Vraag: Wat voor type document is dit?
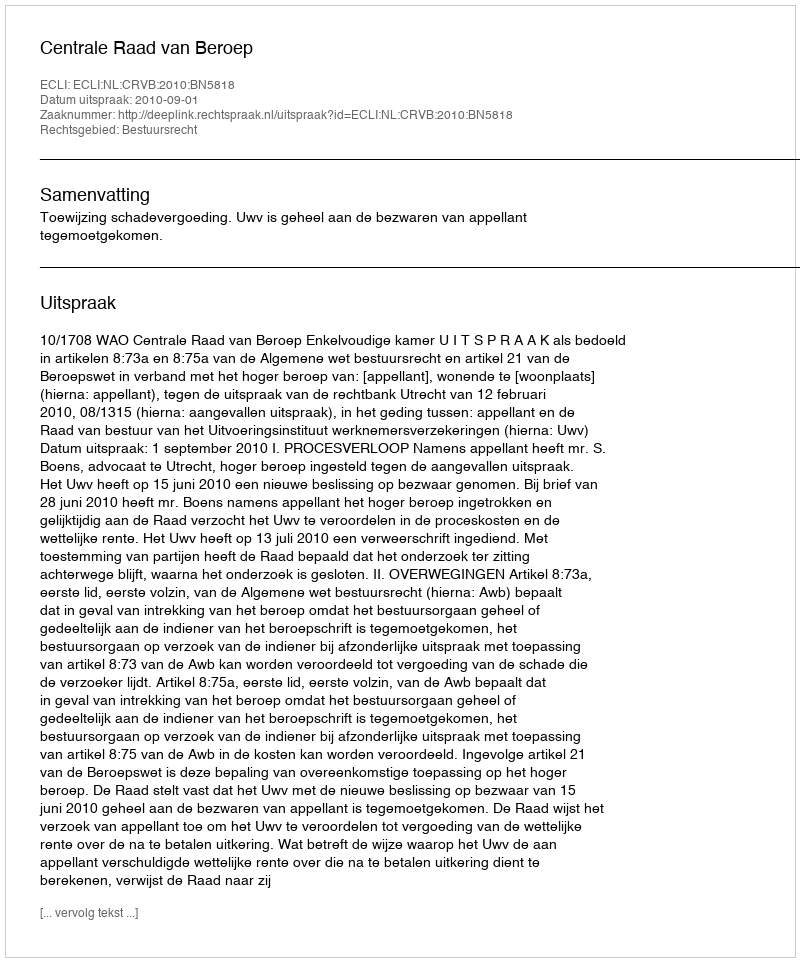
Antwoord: Uitspraak